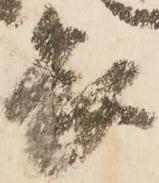
畏